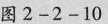
图2-2-10